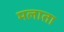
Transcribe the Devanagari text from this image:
मलाता